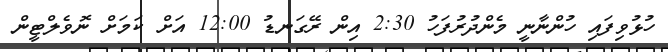
ހުޅުވިފައި ހުންނާނީ މެންދުރުފަހު 2:30 އިން ރޭގަނޑު 12:00 އަށް ކަމަށް ނޮވެލްޓީން